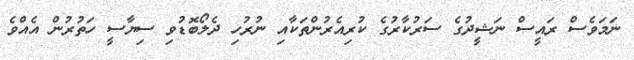
ނަމަވެސް ރައީސް ނަޝީދުގެ ސަރުކާރުގެ ކުރިއެރުންތަކާއި ނުރުހި ދެލޯބޮޑުވި ސިޔާސީ ހަތުރުން އެއްވެ